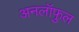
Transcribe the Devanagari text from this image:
अनलॉफुल